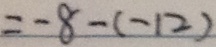
= - 8 - ( - 1 2 )